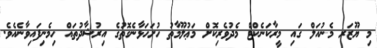
މި ޔޫޒަރ މެނުއަލް ގައި މީރާކަނެކްޓް މެދުވެރިކޮށް މަޢުލޫމާތު ހުށަހަޅާނެގޮތުގެ އިރުޝާދުތައް ހިމެނިފައިވާނެއެވެ.